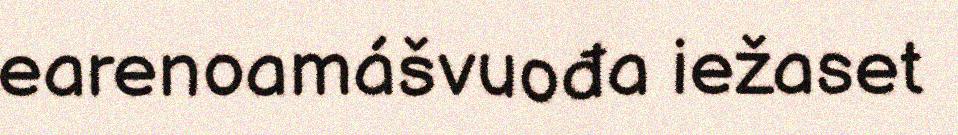
earenoamášvuođa iežaset